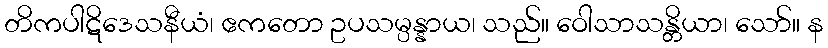
တိကပါဋိဒေသနီယံ၊ ဧကတော ဥပသမ္ပန္နာယ၊ သည်။ ဝေါသာသန္တိယာ၊ သော်။ န